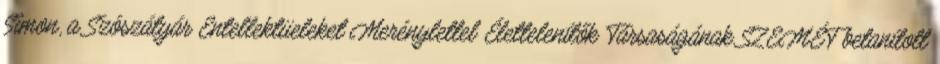
Simon, a Szószátyár Entellektüeleket Merénylettel Élettelenítők Társaságának SZEMÉT betanított